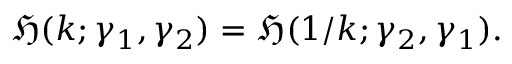
{ \mathfrak { H } } ( k ; \gamma _ { 1 } , \gamma _ { 2 } ) = { \mathfrak { H } } ( 1 / k ; \gamma _ { 2 } , \gamma _ { 1 } ) .